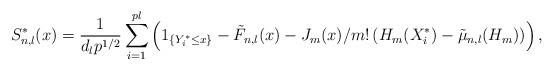
LaTeX: \begin{align*}S_{n,l}^{\ast}(x) = \frac 1 {d_l p^{1/2}} \sum_{i=1}^{pl} \left (1_{\{Y^{\ast}_i \leq x \}} - \tilde F_{n,l}(x) - J_m(x)/m! \left ( H_m(X_i^{\ast}) - \tilde \mu_{n,l}(H_m) \right ) \right ),\end{align*}